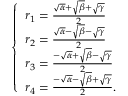
\left\{ { \begin{array} { l } { r _ { 1 } = { \frac { { \sqrt { \alpha } } + { \sqrt { \beta } } + { \sqrt { \gamma } } } { 2 } } } \\ { r _ { 2 } = { \frac { { \sqrt { \alpha } } - { \sqrt { \beta } } - { \sqrt { \gamma } } } { 2 } } } \\ { r _ { 3 } = { \frac { - { \sqrt { \alpha } } + { \sqrt { \beta } } - { \sqrt { \gamma } } } { 2 } } } \\ { r _ { 4 } = { \frac { - { \sqrt { \alpha } } - { \sqrt { \beta } } + { \sqrt { \gamma } } } { 2 } } { \mathrm { . } } } \end{array} } \right.